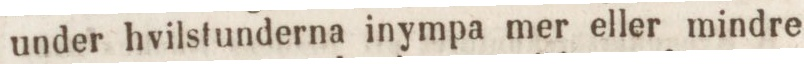
under hvilstunderna inympa mer eller mindre